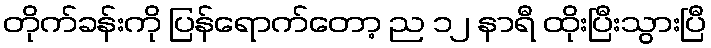
တိုက်ခန်းကို ပြန်ရောက်တော့ ည ၁၂ နာရီ ထိုးပြီးသွားပြီ